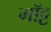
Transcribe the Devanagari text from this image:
मॉट्ट